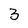
Character: 3